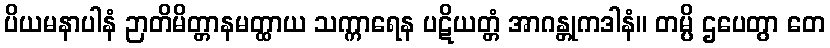
ပိယမနာပါနံ ဉာတိမိတ္တာနမတ္ထာယ သက္ကာရေန ပဋိယတ္တံ အာဂန္တုကဒါနံ။ တမ္ပိ ဌပေတွာ တေ